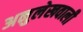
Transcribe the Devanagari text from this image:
अनुलेखवाली